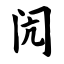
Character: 闶